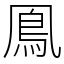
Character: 鳯